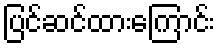
ပြင်ဆင်ထားကြောင်း